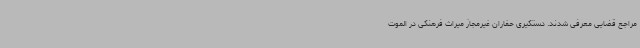
مراجع قضایی معرفی شدند. دستگیری حفاران غیرمجاز میراث فرهنگی در الموت